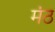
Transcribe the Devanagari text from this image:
मंठ